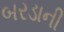
બરડાની